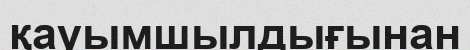
қауымшылдығынан